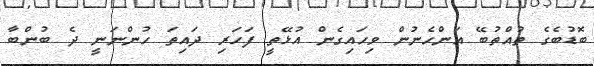
ބޮޑުބެގެ ތުއްތުބޭ އަންހެނުން ވިހައިގެން އުޅޭތީ ފަހަރި ދައިތަ ހުންނަނީ ދެ ބުންބާ